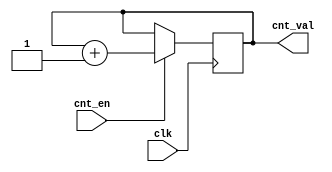
`define CNT_W 4
module counter(clk,cnt_en,cnt_val);
    parameter CW =0;
    input clk;
    input cnt_en;
    output [CW-1:0] cnt_val;
    reg [CW-1:0] cnt_val;
    initial begin
    cnt_val=0;
end 
    always@(posedge clk )begin
        if(cnt_en)begin
            cnt_val=cnt_val+1;
                    end
          end
endmodule
module ff(ff_in,clk,ff_out);
    input clk;
    input ff_in;
    output ff_out;
    reg ff_out;
    always@(posedge clk)begin
        ff_out=ff_in;
    end
endmodule
module DUT(v_in, cnt_en,clk, v_out,cnt_val);
    parameter CW = 0;
    input v_in;
    input clk;
    input cnt_en;
    output v_out;
    output [CW-1:0] cnt_val;
    
    ff ff(.ff_in(v_in),.clk(clk),.ff_out(v_out));
    counter #(.CW(`CNT_W)) counter(.clk(clk),.cnt_en(cnt_en),.cnt_val(cnt_val));
endmodule
module tb;
    integer file_w;
    wire v_in=(5>2);
    wire cnt_en=(1<3);
    reg clk;
    reg [3:0] ra;
    wire v_out;
    wire [`CNT_W - 1:0] cnt_val;
    reg [1:0] mem [0:9];
    reg [1:0] tmp;
    initial begin
        clk=0;
        ra = 0;
        file_w = $fopen("exp_file");
        $readmemb("user_file",mem);
        tmp = mem[ra];
    end
    always #2 clk=~clk;
    DUT #(.CW(`CNT_W)) DUT(.v_in(tmp[1]),.cnt_en(tmp[0]),.clk(clk),.v_out(v_out),.cnt_val(cnt_val));
    always@(posedge clk) begin
        $fdisplay(file_w,"%b || %b", v_out, cnt_val);
        ra=ra+4'b0001;
        tmp=mem[ra];
    end    
endmodule